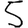
Digit: 5